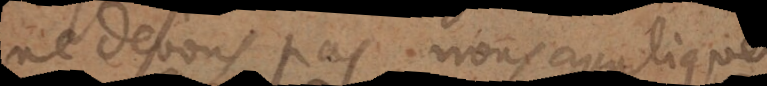
ne devons pas nous appliquer